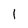
Character: l